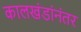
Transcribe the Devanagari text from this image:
कालखंडांनंतर